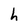
Character: h